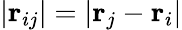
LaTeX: \vert\mathbf{r}_{ij}\vert=\vert\mathbf{r}_{j}-\mathbf{r}_{i}\vert